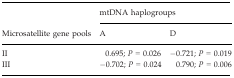
<table><thead><tr><td>[EMPTY_CELL]</td><td colspan="2"><b>mtDNA haplogroups</b></td></tr><tr><td><b>Microsatellite gene pools</b></td><td><b>A</b></td><td><b>D</b></td></tr></thead><tbody><tr><td>II</td><td>0.695; <i>P</i> = 0.026</td><td>−0.721; <i>P</i> = 0.019</td></tr><tr><td>III</td><td>−0.702; <i>P</i> = 0.024</td><td>0.790; <i>P</i> = 0.006</td></tr></tbody></table>